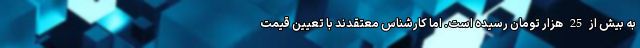
به بیش از 25 هزار تومان رسیده است. اما کارشناس معتقدند با تعیین قیمت